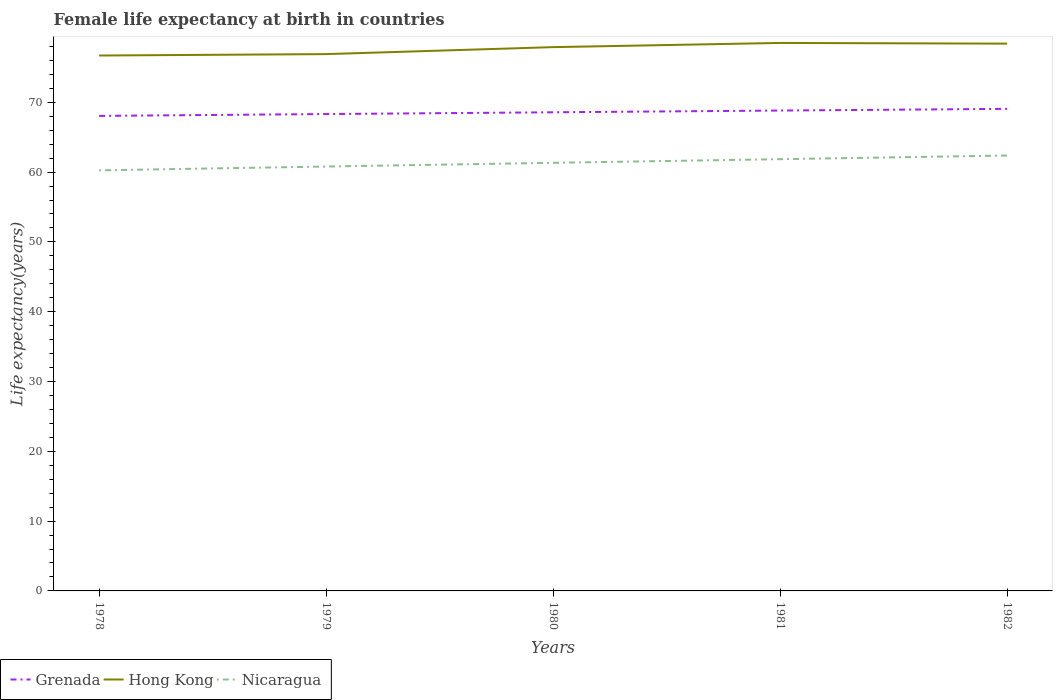
| Years | Grenada | Hong Kong | Nicaragua |
 | --- | --- | --- | --- |
 | 1978 | 68 | 76.7 | 60.2 |
 | 1979 | 68.3 | 76.9 | 60.8 |
 | 1980 | 68.6 | 77.9 | 61.3 |
 | 1981 | 68.8 | 78.5 | 61.9 |
 | 1982 | 69.1 | 78.4 | 62.4 |